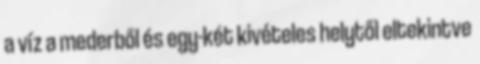
a víz a mederből és egy-két kivételes helytől eltekintve